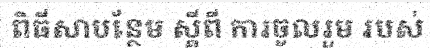
ពិធីសាបន្ថែម ស្តីពី ការចូលរួម របស់